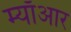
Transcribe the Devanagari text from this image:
म्याँआर